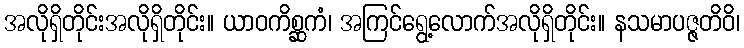
အလိုရှိတိုင်းအလိုရှိတိုင်း။ ယာဝကိစ္ဆကံ၊ အကြင်ရွေ့လောက်အလိုရှိတိုင်း။ နသမာပဇ္ဇတိဝိ၊